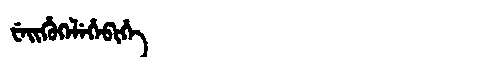
Manchu: ᠸᡝᡳᡥᡠᡴᡝᠯᡝᡥᡝᠪᡳᡥᡝ
Romanization: WEIHUKELEHEBIHE